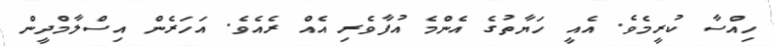
ހިއްސާ ކުރީމެވެ. އެއީ ހަޔާތުގެ އެންމެ އުފާވެރި އެއް ރެއެވެ. އަހަރެން އިސްލާމްދީން